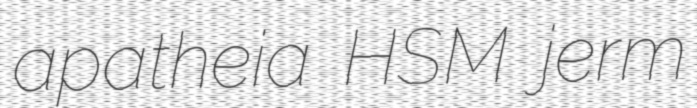
apatheia HSM jerm